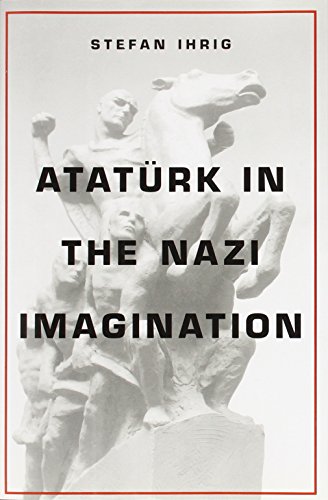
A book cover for AtatÃ¼rk in the Nazi Imagination; Stefan Ihrig; History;